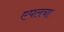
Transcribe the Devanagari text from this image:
एपलचा